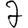
Digit: 2